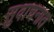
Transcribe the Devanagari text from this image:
सुवाचनात